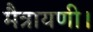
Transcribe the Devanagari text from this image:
मैत्रायणी।